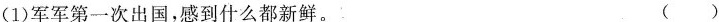
(1)军军第一次出国，感到什么都新鲜。( )